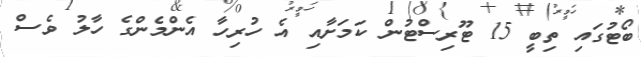
ބޯޓުގައި ތިބީ 15 ޓޫރިސްޓުން ކަމަށާއި އެ ހުރިހާ އެންމެންގެ ހާލު ވެސް